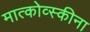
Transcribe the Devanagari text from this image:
मात्कोव्स्कीना